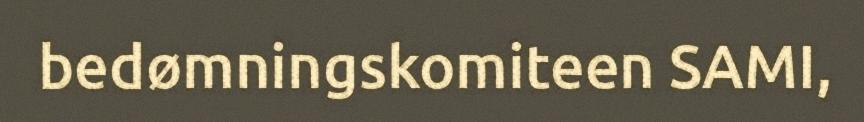
bedømningskomiteen SAMI,